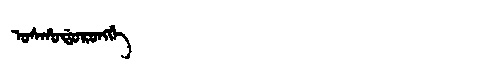
Manchu: ᠣᠰᡥᠣᡩᠣᡵᠣᠩᡤᡝ
Romanization: OSHODORONGGE